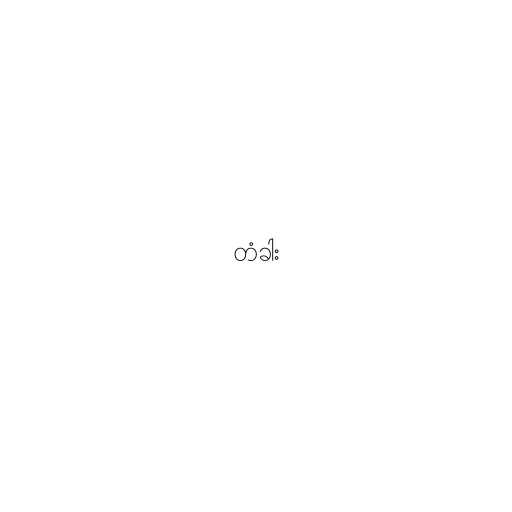
တံခါး